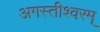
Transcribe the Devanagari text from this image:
अगस्तीश्वरम्